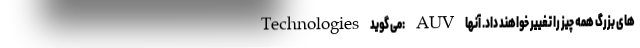
Technologies می گوید: AUV های بزرگ همه چیز را تغییر خواهند داد. آنها